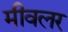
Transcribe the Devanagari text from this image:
मीवलर